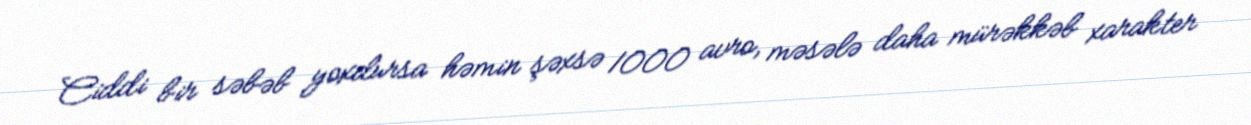
Ciddi bir səbəb yoxdursa həmin şəxsə 1000 avro, məsələ daha mürəkkəb xarakter